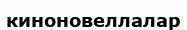
киноновеллалар